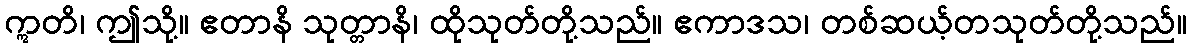
ဣတိ၊ ဤသို့။ ဧတာနိ သုတ္တာနိ၊ ထိုသုတ်တို့သည်။ ဧကာဒသ၊ တစ်ဆယ့်တသုတ်တို့သည်။